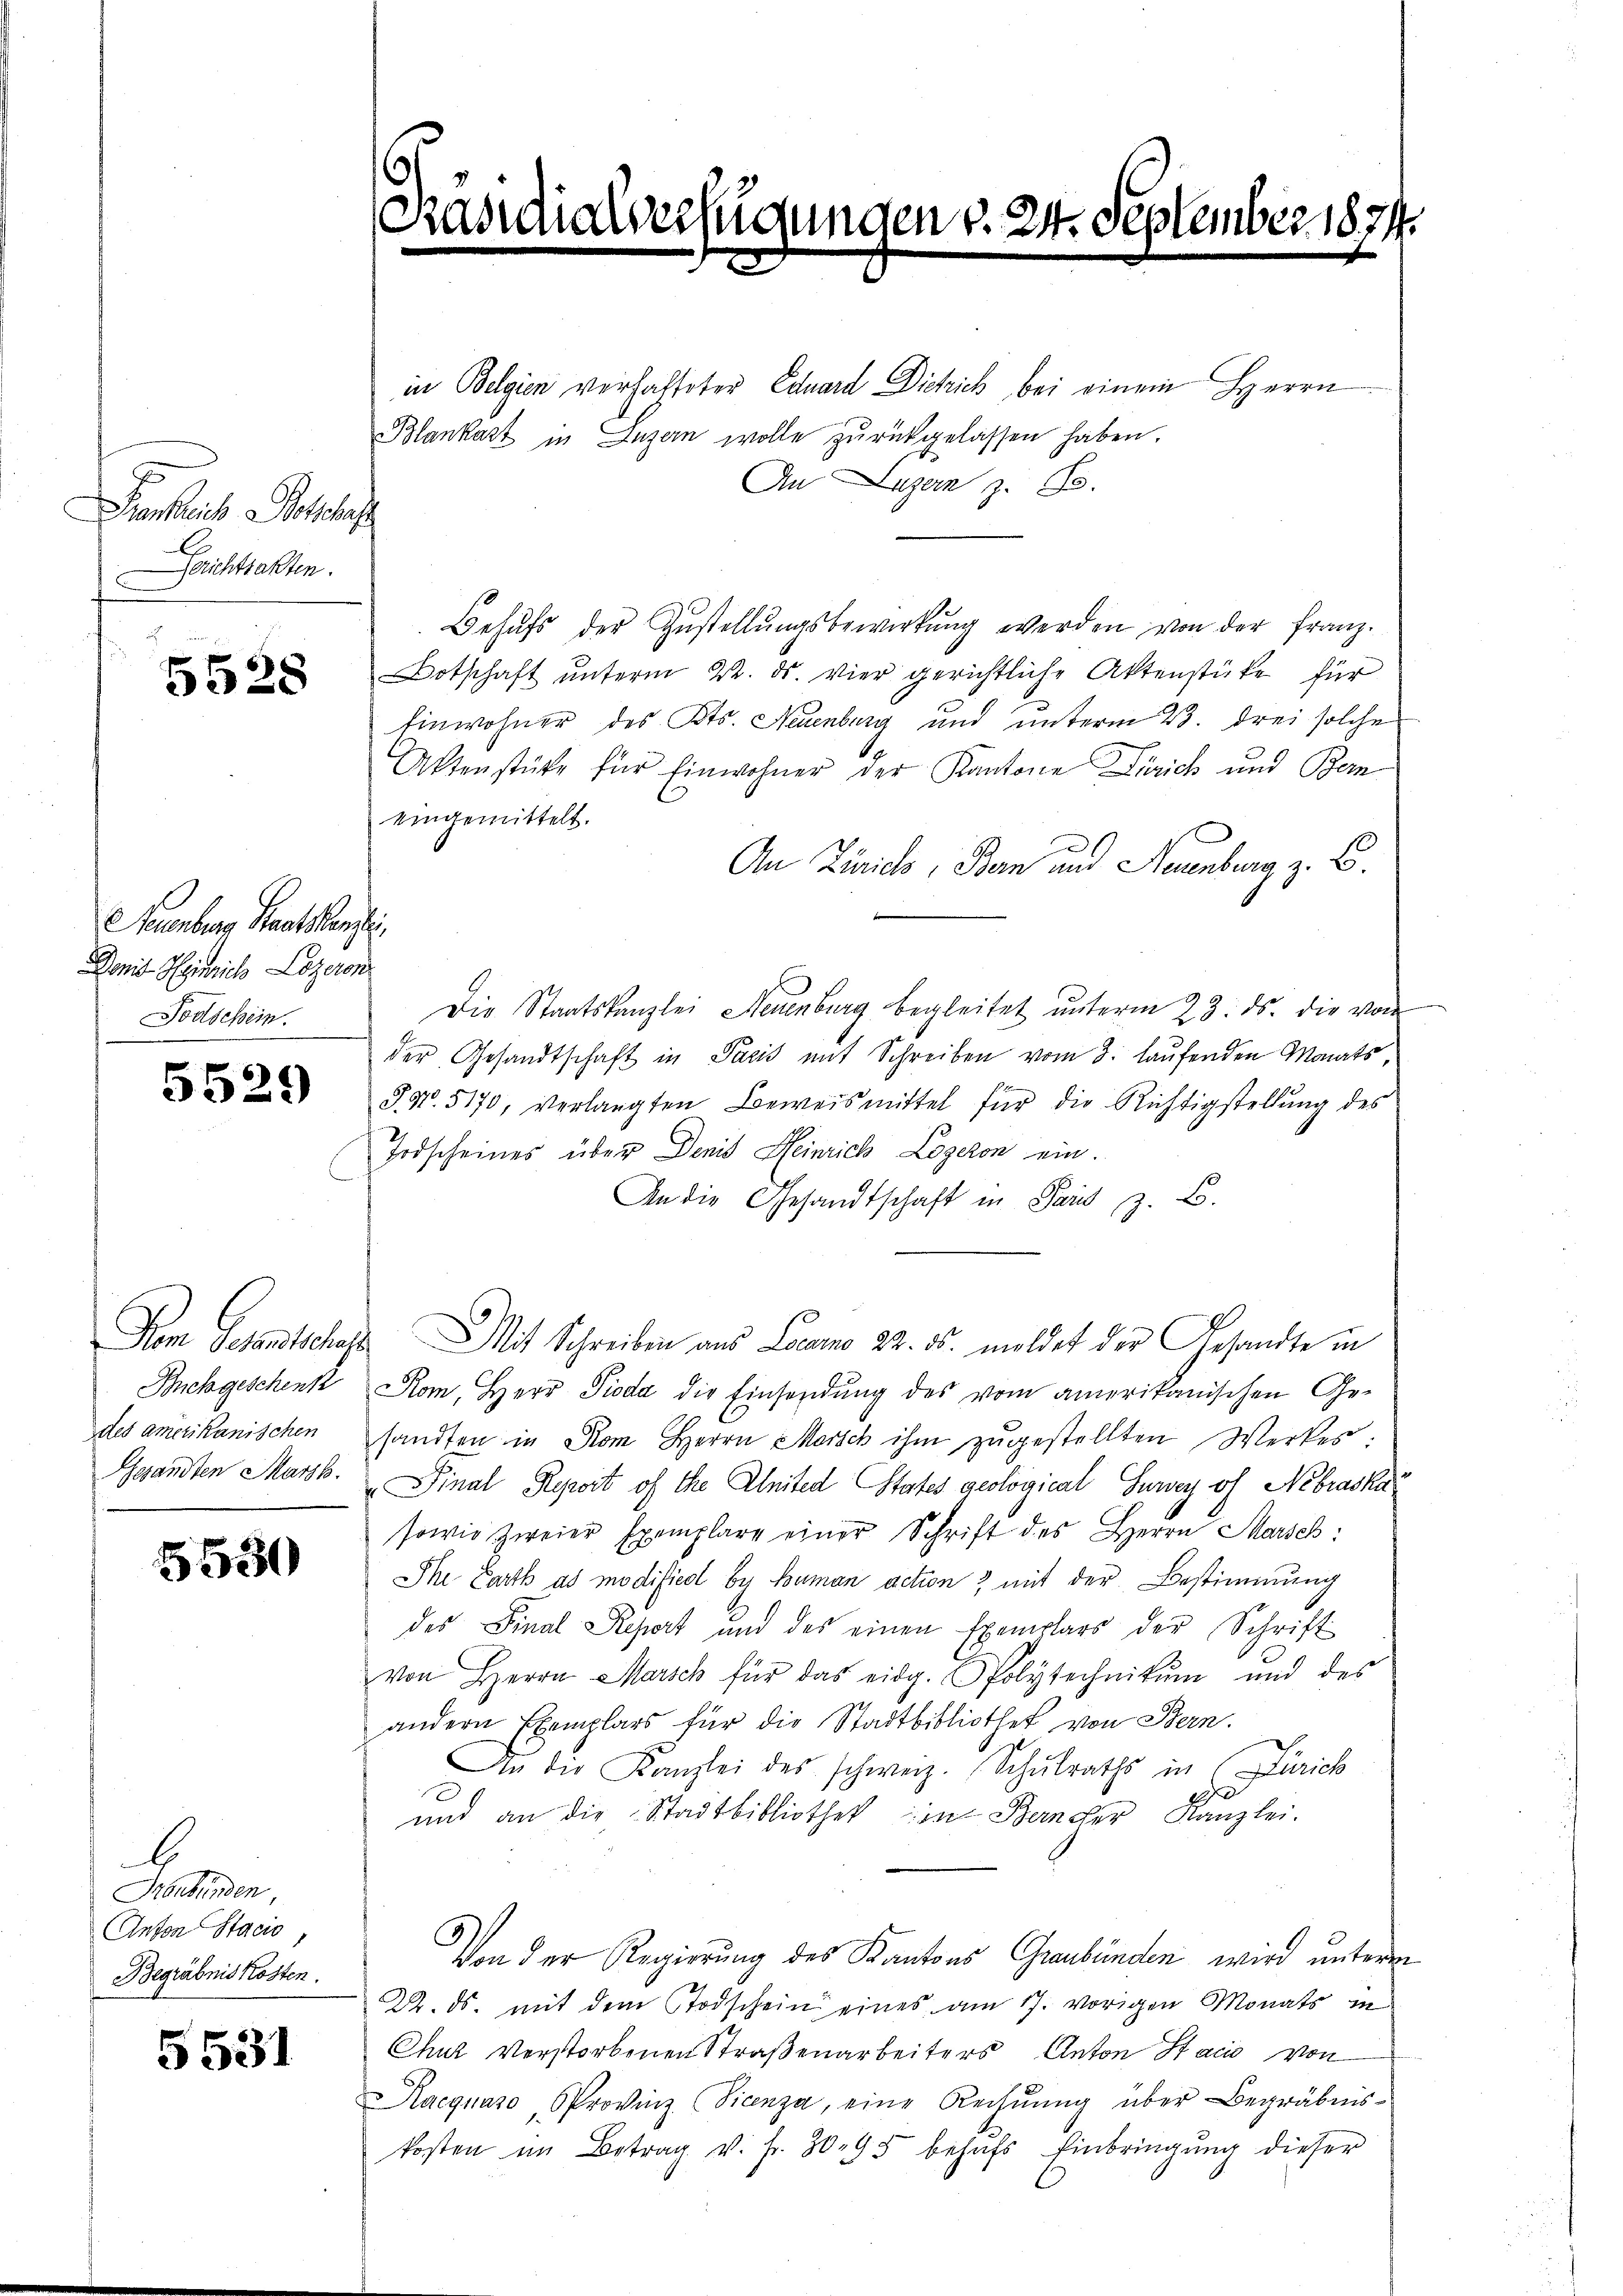
Frankreich Botschaf
erichtsakten.

5528

Seuenburg Staatskanzlei
Damit Heinrich Lozeron
Todschein.

5529

Dem Petentschaf
Sichgeschenk
des amerikanischen
Gesandten Marth.

5530

G
Henbünden
Anton Stacio,
Begräbnis kosten.

5531

s

ten v. 24. de

in Belgien verhalteter Eduard Dichrich bei einem Herrn
Blankart in Luzern wolle zŭrückgelassen haben.
An Luzern z. B.
Behŭfs der Zŭstellŭngsbewirkŭng werden von der Franz.
Botschaft ŭnterm 22. ds. vier gerichtliche Aktenstüke für
Einwohner des Kts. Neuenburg und unterm 23. drei solche
Aktenstücke für Einwohner der Kantone Zürich und Bern
eingemittelt.
An Zürich, Bern und Neuenburg z. B.
Die Staatskanzlei Neuenburg begleitet unterm 23. ds. die von
der Gesandtschaft in Paris mit Schreiben vom 3. laufenden Monats,
S. Nr. 5170, verlangten Beweismittel für die Richtigstellung des
Todscheines über Denis Heinrich Logeron ein.
An die Gesandtschaft in Paris z. B.
Mit Schreiben aus Locarno 22. ds. meldet der Gesandte in
Rom, Herr Pioda die Einsendung des vom amerikanischen Ge-
sandten in Rom Herrn Marsch ihm zŭgestellten Werkes:
 Final Ryrort of the Anited States geological Hurey of Nibraska
sowie zweier Exemplare einer Schrift des Herrn Marsch:
Ihe Parth ad modifiedl by Buman action & mit der Bestimmung
des Final Repart und des einen Exemplars der Schrift
von Herrn Marsch für das eidg. Polytechnikum und des
andern Exemplars für die Stadtbibliothek von Bern.
An die Kanzlei des schweiz. Schŭlraths in Zürich
und an die Stadtbibliothek in Bander Kanzlei.
Von der Regierung des Kantons Graubünden wird unterm
2. ds. mit dem Todschein eines am 17. vorigen Monats in
Chur verstorbenen Straßenarbeiters Anton Stacio von
Raeguaso Provinz (Sicenza, eine Rechnŭng über Begräbnis-
kosten im Betrag v. fr. 3095 behufs Einbringung dieser

plem

2. 1871